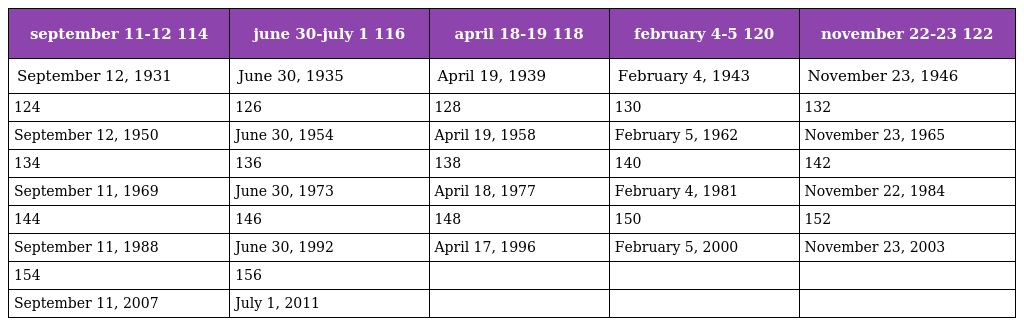
| september 11-12 114 | june 30-july 1 116 | april 18-19 118 | february 4-5 120 | november 22-23 122 |
 | --- | --- | --- | --- | --- |
 | September 12, 1931 | June 30, 1935 | April 19, 1939 | February 4, 1943 | November 23, 1946 |
 | 124 | 126 | 128 | 130 | 132 |
 | September 12, 1950 | June 30, 1954 | April 19, 1958 | February 5, 1962 | November 23, 1965 |
 | 134 | 136 | 138 | 140 | 142 |
 | September 11, 1969 | June 30, 1973 | April 18, 1977 | February 4, 1981 | November 22, 1984 |
 | 144 | 146 | 148 | 150 | 152 |
 | September 11, 1988 | June 30, 1992 | April 17, 1996 | February 5, 2000 | November 23, 2003 |
 | 154 | 156 |  |  |  |
 | September 11, 2007 | July 1, 2011 |  |  |  |